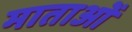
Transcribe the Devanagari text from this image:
माताआें